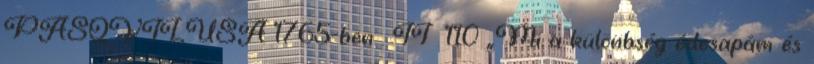
PASQVILUSA 1765-ben . II 110 „Mi a különbség édesapám és